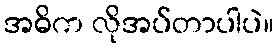
အဓိက လိုအပ်တာပါပဲ။